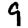
Digit: 9